Insane asylums in Bengal annual reports 1867-1875 - 1867-1875
Year: 1867
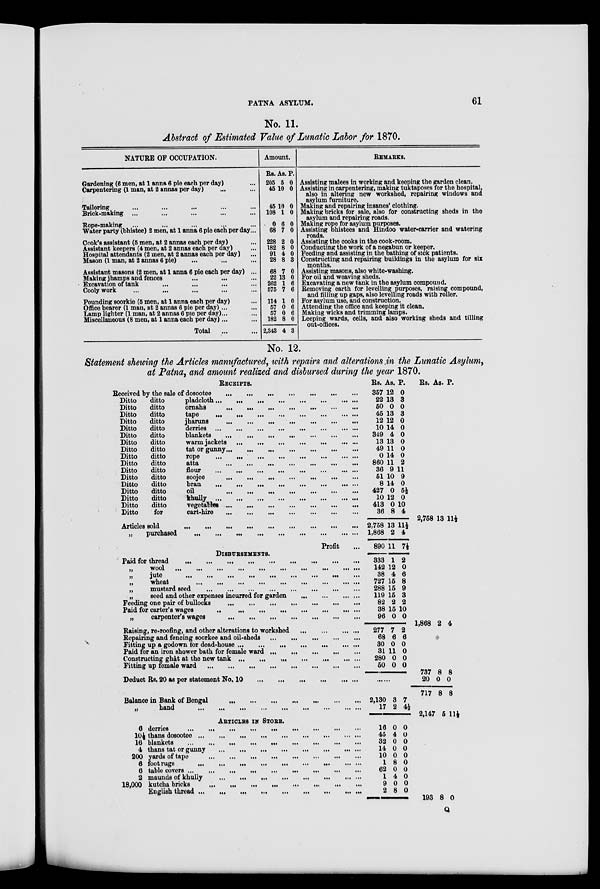
PATNA
ASYLUM.
61
No. 11.
Abstract of Estimated Value of Lunatic Labor for 1870.
NATURE OF OCCUPATION.
Gardening (6 men, at 1 anna 6 pie each per day) ...
Carpentering (1 man, at 2 annas per day) ... ...
Tailoring ... ... ... ... ...
Brick-making ... ... ... ... ...
Rope-making ... ... ... ... ...
Water party (bhistee) 2 men, at 1 anna 6 pie each per day ...
Cook's assistant (5 men, at 2 annas each per day) ...
Assistant keepers (4 men, at 2 annas each per day) ...
Hospital attendants (2 men, at 2 annas each per day) ...
Mason (1 man, at 2 annas 6 pie) ... ... ...
Assistant masons (2 men, at 1 anna 6 pie each per day) ...
Making jhamps and fences ... ... ... ...
Excavation of tank ... ... ... ... ...
Cooly work ... ... ... ... ... ...
Pounding soorkie (5 men, at 1 anna each per day) ...
Office bearer (1 man, at 2 annas 6 pie per day) ... ...
Lamp lighter (1 man, at 2 annas 6 pie per day)... ...
Miscellaneous (8 men, at 1 anna each per day)... ...
Total ... ...
Amount.
Rs.
205
45
45
108
0
68
228
182
91
28
68
22
262
575
114
57
57
182
2,343
As.
5
10
10
1
6
7
2
8
4
8
7
13
1
7
1
0
0
8
4
P.
0
0
0
0
0
0
0
0
0
3
0
0
6
6
0
6
6
0
3
REMARKS.
Assisting malees in working and keeping the garden clean.
Assisting in carpentering, making tuktaposes for the hospital,
also in altering new workshed, repairing windows and
asylum furniture.
Making and repairing insanes' clothing.
Making bricks for sale, also for constructing sheds in the
asylum and repairing roads.
Making rope for asylum purposes.
Assisting bhistees and Hindoo water-carrier and watering
roads.
Assisting the cooks in the cook-room.
Conducting the work of a negabun or keeper.
Feeding and assisting in the bathing of sick patients.
Constructing and repairing buildings in the asylum for six
months.
Assisting masons, also white-washing.
For oil and weaving sheds.
Excavating a new tank in the asylum compound.
Removing earth for levelling purposes, raising compound,
and filling up gaps, also levelling roads with roller.
For asylum use, and construction.
Attending the office and keeping it clean.
Making wicks and trimming lamps.
Leeping wards, cells, and also working sheds and tilling
out-offices.
No. 12.
Statement showing the Articles manufactured, with repairs and alterations in the Lunatic Asylum,
at Patna, and amount realized and disbursed during the year 1870.
RECEIPTS.
Received by the sale of dosootee
...
...
...
...
...
...
...
Ditto
ditto
pladcloth
...
...
...
...
...
...
...
...
Ditto
ditto
ornahs
...
...
...
...
...
...
...
...
...
Ditto
ditto
tape ... ... ... ... ... ... ... ... ...
Ditto
ditto
jharuns
...
...
...
...
...
...
...
...
...
Ditto
ditto
derries
...
...
...
...
...
...
...
...
...
Ditto
ditto
blankets ... ... ... ... ... ... ... ...
Ditto
ditto
warm jackets ...
...
...
...
...
... ...
Ditto
ditto
tat or gunny
...
...
...
...
...
...
...
...
Ditto
ditto
rope ... ... ... ... ... ... ... ... ...
Ditto
ditto
atta ... ... ... ... ... ... ... ... ...
Ditto
ditto flour ... ... ... ... ... ... ... ... ...
Ditto
ditto
soojee ... ... ... ... ... ... ... ... ...
Ditto
ditto
bran
...
...
...
...
...
...
...
...
...
Ditto
ditto
oil
...
...
...
...
...
...
...
...
...
Ditto
ditto
khully
...
...
...
...
...
...
...
...
...
Ditto
ditto
vegetables
...
...
...
...
...
...
...
...
Ditto
for
cart-hire ... ... ... ... ... ... ... ...
Articles sold
...
...
...
...
...
...
...
...
...
...
...
...
„
purchased ... ... ... ... ... ... ... ... ... ... ...
Profit ...
DISBURSEMENTS.
Paid for thread
...
...
...
...
...
...
...
...
...
...
...
„
Wool
...
...
...
...
...
...
...
...
...
...
...
„
jute
...
...
...
...
...
...
...
...
...
...
...
„
wheat
...
...
...
...
...
...
...
...
...
...
...
„
mustard seed ... ... ... ... ... ... ... ... ... ... ...
„
seed and other expenses incurred for garden
...
...
...
...
Feeding one pair of bullocks ... ... ... ... ... ... ... ... ... ...
Paid for carter's wages ... ... ... ... ... ... ... ... ... ... ...
„
carpenter's wages ... ... ... ... ... ... ... ... ... ... ...
Raising, re-roofing, and other alterations to workshed
...
...
...
...
Repairing and fencing soorkee and oil-sheds
...
...
...
...
...
Fitting up a godown for dead-house ... ... ... ... ... ... ...
Paid for an iron shower bath for female ward ... ... ... ... ...
Constructing ghât at the new tank ... ... ... ... ... ...
Fitting up female ward ... ... ... ... ... ... ... ... ... ... ...
Deduct Rs. 20 as per statement No. 10
...
...
...
...
...
...
...
Balance in Bank of Bengal ... ... ... ... ... ... ... ... ... ...
„
hand ... ... ... ... ... ... ... ... ... ... ... ... ... ...
ARTICALES
STORE.
6 derries ... ... ... ... ... ... ... ... ... ... ... ... ... ... ...
10½ thans dosootee ... ... ... ... ... ... ... ... ... ... ... ...
16 blankets ... ... ... ... ... ... ... ... ... ... ... ... ... ...
4 thans tat or gunny ... ... ... ... ... ... ... ... ... ... ... ...
200 yards of tape ... ... ... ... ... ... ... ... ... ... ... ... ...
6 foot rugs ... ... ... ... ... ... ... ... ... ... ... ... ... ... ....
6 table covers ... ... ... ... ... ... ... ... ... ... ... ... ... ...
2 maunds of khully ... ... ... ... ... ... ... ... ... ... ... ...
18,000 kutcha bricks ... ... ... ... ... ... ... ... ... ... ...
English thread ... ... ... ... ... ... ... ... ... ... ... ... ...
Rs.
357
22
50
45
12
10
349
13
49
0
860
36
51
8
427
10
413
36
2,758
1,868
890
333
142
38
727
288
119
82
38
96
277
68
30
31
280
50
2,130
17
16
45
32
14
10
1
62
1
9
2
As.
12
13
0
13
12
14
4
13
11
14
11
9
10
14
0
12
0
8
13
2
11
1
12
4
15
15
15
2
15
0
7
6
0
11
0
0
3
2
0
4
0
0
0
8
0
4
0
8
P.
0
3
0
3
0
0
0
0
0
0
2
11
9
0
5½
0
10
4
11 ½
4
7 ½
2
0
6
8
9
3
2
10
0
2
6
0
0
0
0
7
4½
0
0
0
0
0
0
0
0
0
0
Rs.
2,758
1,868
737
20
717
2,147
193
As.
13
2
8
0
8
5
8
P.
11½
4
8
0
8
11½
0
Q